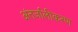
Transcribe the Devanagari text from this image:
अंतर्जालीकरण